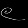
Digit: ၉